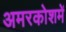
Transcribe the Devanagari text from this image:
अमरकोशमें